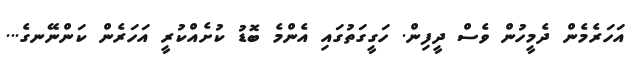
އަހަރެމެން ދެމީހުން ވެސް ދީފިން. ހަގީގަތުގައި އެންމެ ބޮޑު ކުށެއްކުރީ އަހަރެން ކަންނޭނގެ...